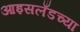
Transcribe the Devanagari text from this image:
आइसलँडच्या